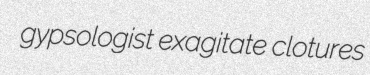
gypsologist exagitate clotures